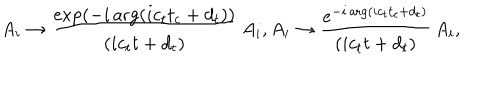
A _ { i } \rightarrow { \frac { \exp ( - i \arg ( i c _ { t } t _ { c } + d _ { t } ) ) } { ( i c _ { t } t + d _ { t } ) } } \, A _ { i } , A _ { i } \rightarrow { \frac { e ^ { - i \arg ( i c _ { t } t _ { c } + d _ { t } ) } } { ( i c _ { t } t + d _ { t } ) } } \, A _ { i } ,